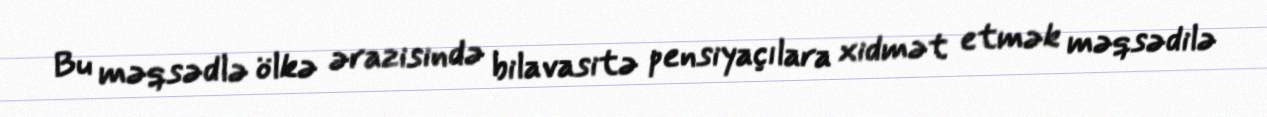
Bu məqsədlə ölkə ərazisində bilavasitə pensiyaçılara xidmət etmək məqsədilə